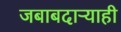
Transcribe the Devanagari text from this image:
जबाबदाऱ्याही